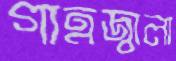
গাত্রজ্বালা